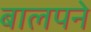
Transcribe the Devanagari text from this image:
बालपने